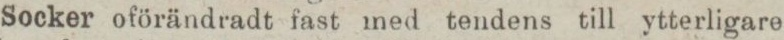
Socker oförändradt fast med tendens till ytterligare